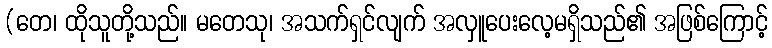
(တေ၊ ထိုသူတို့သည်။ မတေသု၊ အသက်ရှင်လျက် အလှူပေးလေ့မရှိသည်၏ အဖြစ်ကြောင့်